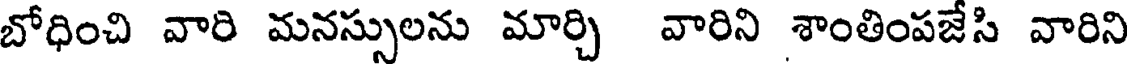
బోధించి వారి మనస్సులను మార్చి వారిని శాంతింపజేసి వారిని